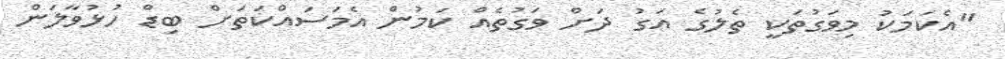
"އެކަމަކު މިވަގުތަކީ ތެލުގެ އަގު ދަށް ވަގުތެއް ކަމުން އެމަސައްކަތަށް ބިޑް ހުޅުވާލަން